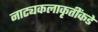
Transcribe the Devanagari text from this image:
नाट्यकलाकृतींकडे